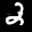
Label: 2